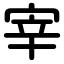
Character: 宰